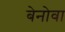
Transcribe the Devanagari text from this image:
बेनोवा